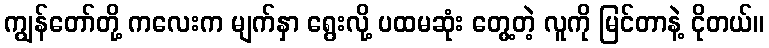
ကျွန်တော်တို့ ကလေးက မျက်နှာ ရွေးလို့ ပထမဆုံး တွေ့တဲ့ လူကို မြင်တာနဲ့ ငိုတယ်။